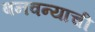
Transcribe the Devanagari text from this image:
बनवन्याची